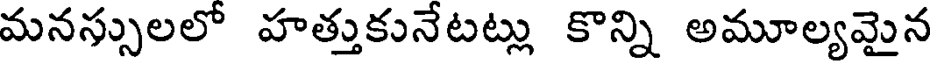
మనస్సులలో హత్తుకునేటట్లు కొన్ని అమూల్యమైన